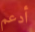
أدعم